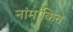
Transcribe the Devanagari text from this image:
नांमांकित